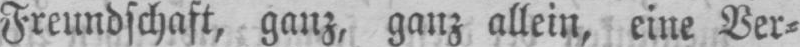
Freundschaft, ganz, ganz allein, eine Ver⸗